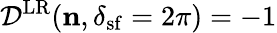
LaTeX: \mathcal{D}^{\mathrm{LR}}({\mathbf n},\delta_{\mathrm{sf}}=2\pi)=-1